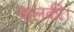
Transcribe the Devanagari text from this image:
कलकी।